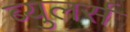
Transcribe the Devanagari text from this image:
ब्युलर्स